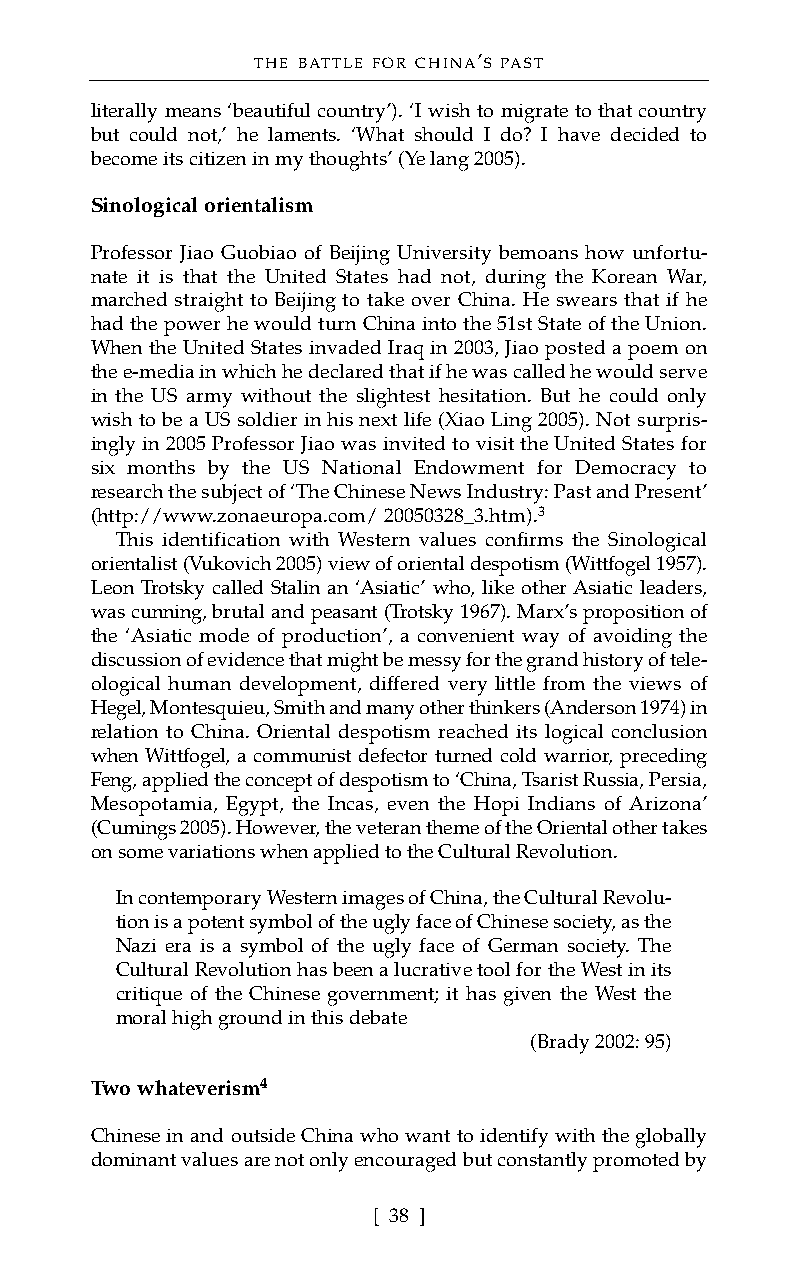
THE BATTLE FOR CHINA’S PAST
 literally means ‘beautiful country’). ‘I wish to migrate to that country
 but could not,’ he laments. ‘What should I do? I have decided to
 become its citizen in my thoughts’ (Ye lang 2005).
 Sinological orientalism
 Professor Jiao Guobiao of Beijing University bemoans how unfortu-
 nate it is that the United States had not, during the Korean War,
 marched straight to Beijing to take over China. He swears that if he
 had the power he would turn China into the 51st State of the Union.
 When the United States invaded Iraq in 2003, Jiao posted a poem on
 the e-media in which he declared that if he was called he would serve
 in the US army without the slightest hesitation. But he could only
 wish to be a US soldier in his next life (Xiao Ling 2005). Not surpris-
 ingly in 2005 Professor Jiao was invited to visit the United States for
 six months by the US National Endowment for Democracy to
 research the subject of ‘The Chinese News Industry: Past and Present’
 (http://www.zonaeuropa.com/ 20050328_3.htm).3
 This identification with Western values confirms the Sinological
 orientalist (Vukovich 2005) view of oriental despotism (Wittfogel 1957).
 Leon Trotsky called Stalin an ‘Asiatic’ who, like other Asiatic leaders,
 was cunning, brutal and peasant (Trotsky 1967). Marx’s proposition of
 the ‘Asiatic mode of production’, a convenient way of avoiding the
 discussion of evidence that might be messy for the grand history of tele-
 ological human development, differed very little from the views of
 Hegel, Montesquieu, Smith and many other thinkers (Anderson 1974) in
 relation to China. Oriental despotism reached its logical conclusion
 when Wittfogel, a communist defector turned cold warrior, preceding
 Feng, applied the concept of despotism to ‘China, Tsarist Russia, Persia,
 Mesopotamia, Egypt, the Incas, even the Hopi Indians of Arizona’
 (Cumings 2005). However, the veteran theme of the Oriental other takes
 on some variations when applied to the Cultural Revolution.
 In contemporary Western images of China, the Cultural Revolu-
 tion is a potent symbol of the ugly face of Chinese society, as the
 Nazi era is a symbol of the ugly face of German society. The
 Cultural Revolution has been a lucrative tool for the West in its
 critique of the Chinese government; it has given the West the
 moral high ground in this debate
 (Brady 2002: 95)
 Two whateverism4
 Chinese in and outside China who want to identify with the globally
 dominant values are not only encouraged but constantly promoted by
 [ 38 ]